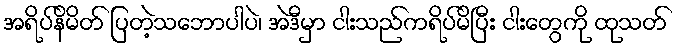
အရိပ်နိမိတ် ပြတဲ့သဘောပါပဲ၊ အဲဒီမှာ ငါးသည်ကရိပ်မိပြီး ငါးတွေကို ထုသတ်